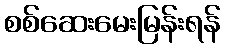
စစ်ဆေးမေးမြန်းရန်